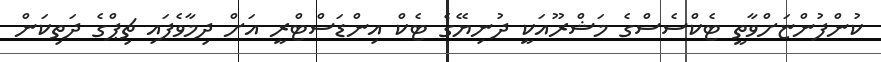
ކުންފުންޏަށްވާތީ ޓެކްސެސްގެ މަޝްރޫއަކީ ދުނިޔޭގެ ޓެކް އިންޑަސްޓްރީ އަށް ދިމާވެފައި ޗިޕްގެ ދަތިކަން